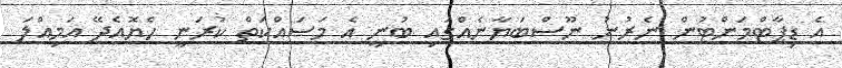
އެ ޑިޕާޓްމަންޓުން ނެރުނު ނޫސްބަޔާނެއްގައި ބުނީ އެ މަސައްކަތް ކުރަނީ ހެޔޮއެދޭ އަމިއްލަ